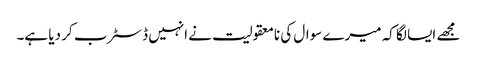
مجھے ایسا لگا کہ میرے سوال کی نامعقولیت نے انہیں ڈسٹرب کر دیا ہے۔